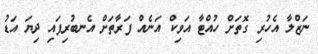
ނަޒްލާ އެހުރި ގޮތަށް ހުއްޓާ އަވިކް އަނެއް ފަރާތަށް އެނބުރިފައި ދިޔަ އަޑު